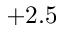
+ 2 . 5